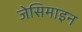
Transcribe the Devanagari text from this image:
जेसिमाइन